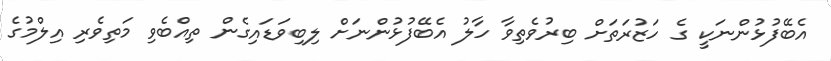
އެބޭފުޅުންނަކީ ގެ ހަޒުރަތަށް ބިރުވެތިވާ ހާލު އެބޭފުޅުންނަށް ލިބިވަޑައިގެން ތިއްބެވި މަތިވެރި އިލްމުގެ